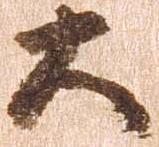
大